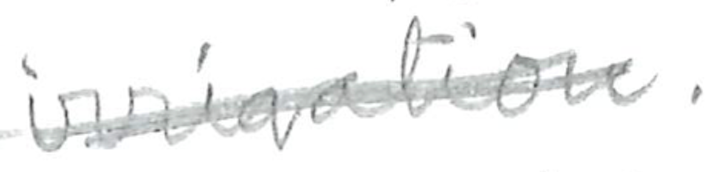
Text: irrigation.
Cross-out: double-line
Writing tool: pencil